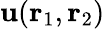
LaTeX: \mathbf{u}({\mathbf{{r}}_{1}},{\mathbf{{r}}_{2}})